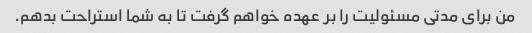
من برای مدتی مسئولیت را بر عهده خواهم گرفت تا به شما استراحت بدهم.